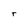
Character: t